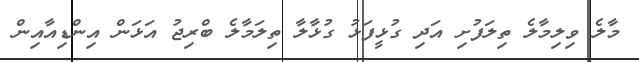
މާލެ ވިލިމާލެ ތިލަފުށި އަދި ގުޅީފަޅު ގުޅާލާ ތިލަމާލެ ބްރިޖު އަޅަން އިންޑިއާއިން